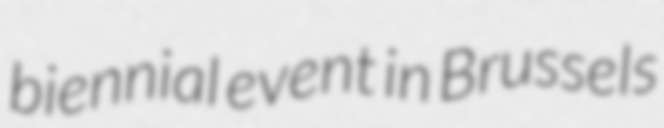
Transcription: biennial event in Brussels